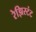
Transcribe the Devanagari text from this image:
रेझिस्टंट